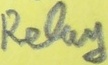
Text: Relay